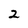
Character: 2